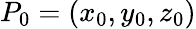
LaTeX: P_{0}=(x_{0},y_{0},z_{0})